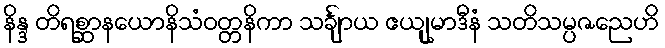
နိန္ဒ တိရစ္ဆာနယောနိသံဝတ္တနိကာ သင်္ချာယ ဧယျုမာဒီနံ သတိသမ္ပဇညေဟိ